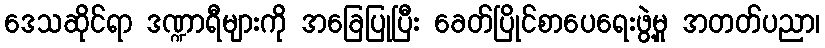
ဒေသဆိုင်ရာ ဒဏ္ဍာရီများကို အခြေပြုပြီး ခေတ်ပြိုင်စာပေရေးဖွဲ့မှု အတတ်ပညာ၊